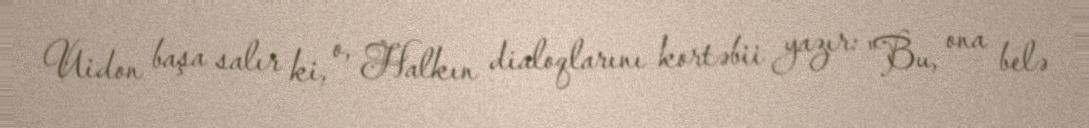
Uidon başa salır ki, o, Halkın dialoqlarını kortəbii yazır: "Bu, ona belə